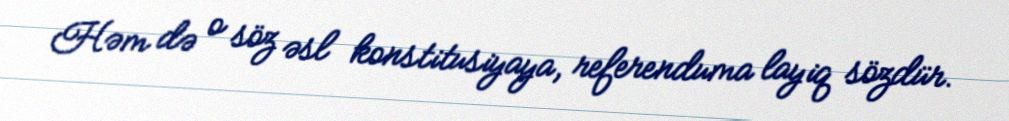
Həm də o söz əsl konstitusiyaya, referenduma layiq sözdür.